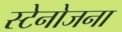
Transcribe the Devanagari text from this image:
स्टेनोजना